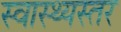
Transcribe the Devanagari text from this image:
स्वास्थ्यस्तर